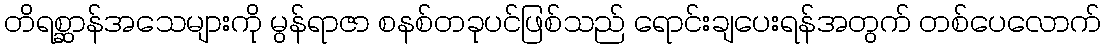
တိရစ္ဆာန်အသေများကို မွန်ရာဇာ စနစ်တခုပင်ဖြစ်သည် ရောင်းချပေးရန်အတွက် တစ်ပေလောက်